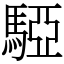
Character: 𩤃